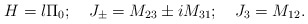
\begin{align*}H = l \Pi_0; \quad J_{\pm} = M_{23} \pm i M_{31}; \quad J_3 =M_{12}.\end{align*}